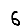
Digit: 6